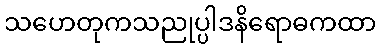
သဟေတုကသညုပ္ပါဒနိရောဓကထာ